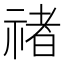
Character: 禇